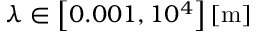
\lambda \in \left[ 0 . 0 0 1 , 1 0 ^ { 4 } \right] \left[ \mathrm { { m } } \right]